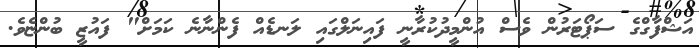
އަޝްފާގްގެ ސަޕޯޓަރުން ވެސް އުންމީދުކުރާނީ ފައިނަލްގައި ލަނޑެއް ފެންނާނެ ކަމަށް" ފައުޒީ ބުންޏެވެ.